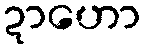
ဍာဟော